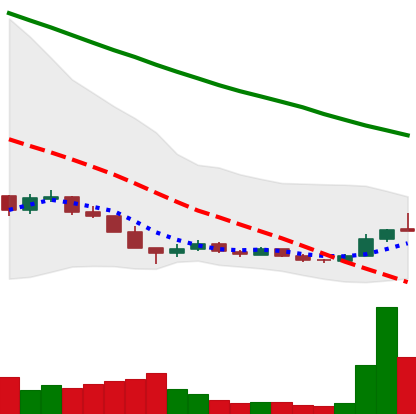
Ticker: ADA-USD
Chart end date: 2018-12-19
Forward return: 32.338%
Label: up_7plus